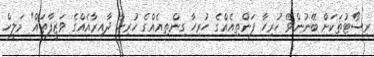
ރިސޯޓުތަކަށް ބޭނުންވޭ ހުރިހާ ފަންތިއެއްގެ ހުރިހާ ގިންތިއެއްގެ ހުރިހާ ދާއިރާއެއްގެ ވަޒީފާތައް" މަލީހް